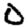
Digit: 0